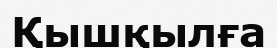
Қышқылға